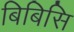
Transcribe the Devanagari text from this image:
बिबिसि